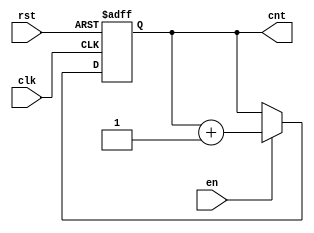
module up_counter_with_enable (
    input wire clk,          // Clock signal
    input wire en,          // Enable signal
    input wire rst,         // Reset signal
    output reg [3:0] cnt    // 4-bit count output
);

// Asynchronous reset and counting operation on the rising edge of the clock
always @(posedge clk or posedge rst) begin
    if (rst) begin
        cnt <= 4'b0000;     // Reset counter to zero
    end else if (en) begin
        cnt <= cnt + 1;     // Increment counter
    end
    // If enable is not asserted, the counter retains its value
end

endmodule